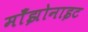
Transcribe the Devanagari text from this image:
माँझोनाइट